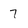
Character: 7